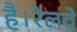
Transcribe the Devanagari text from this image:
है।रेलवे